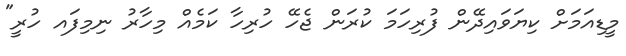
މީޑިއަމަށް ކިޔަވައިދޭން ފުރިހަމަ ކުރަން ޖެހޭ ހުރިހާ ކަމެއް މިހާރު ނިމިފައ ހުރީ"